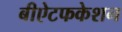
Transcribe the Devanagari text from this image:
बीऐटफकेशन